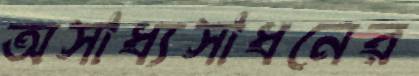
অসাধ্যসাধনের